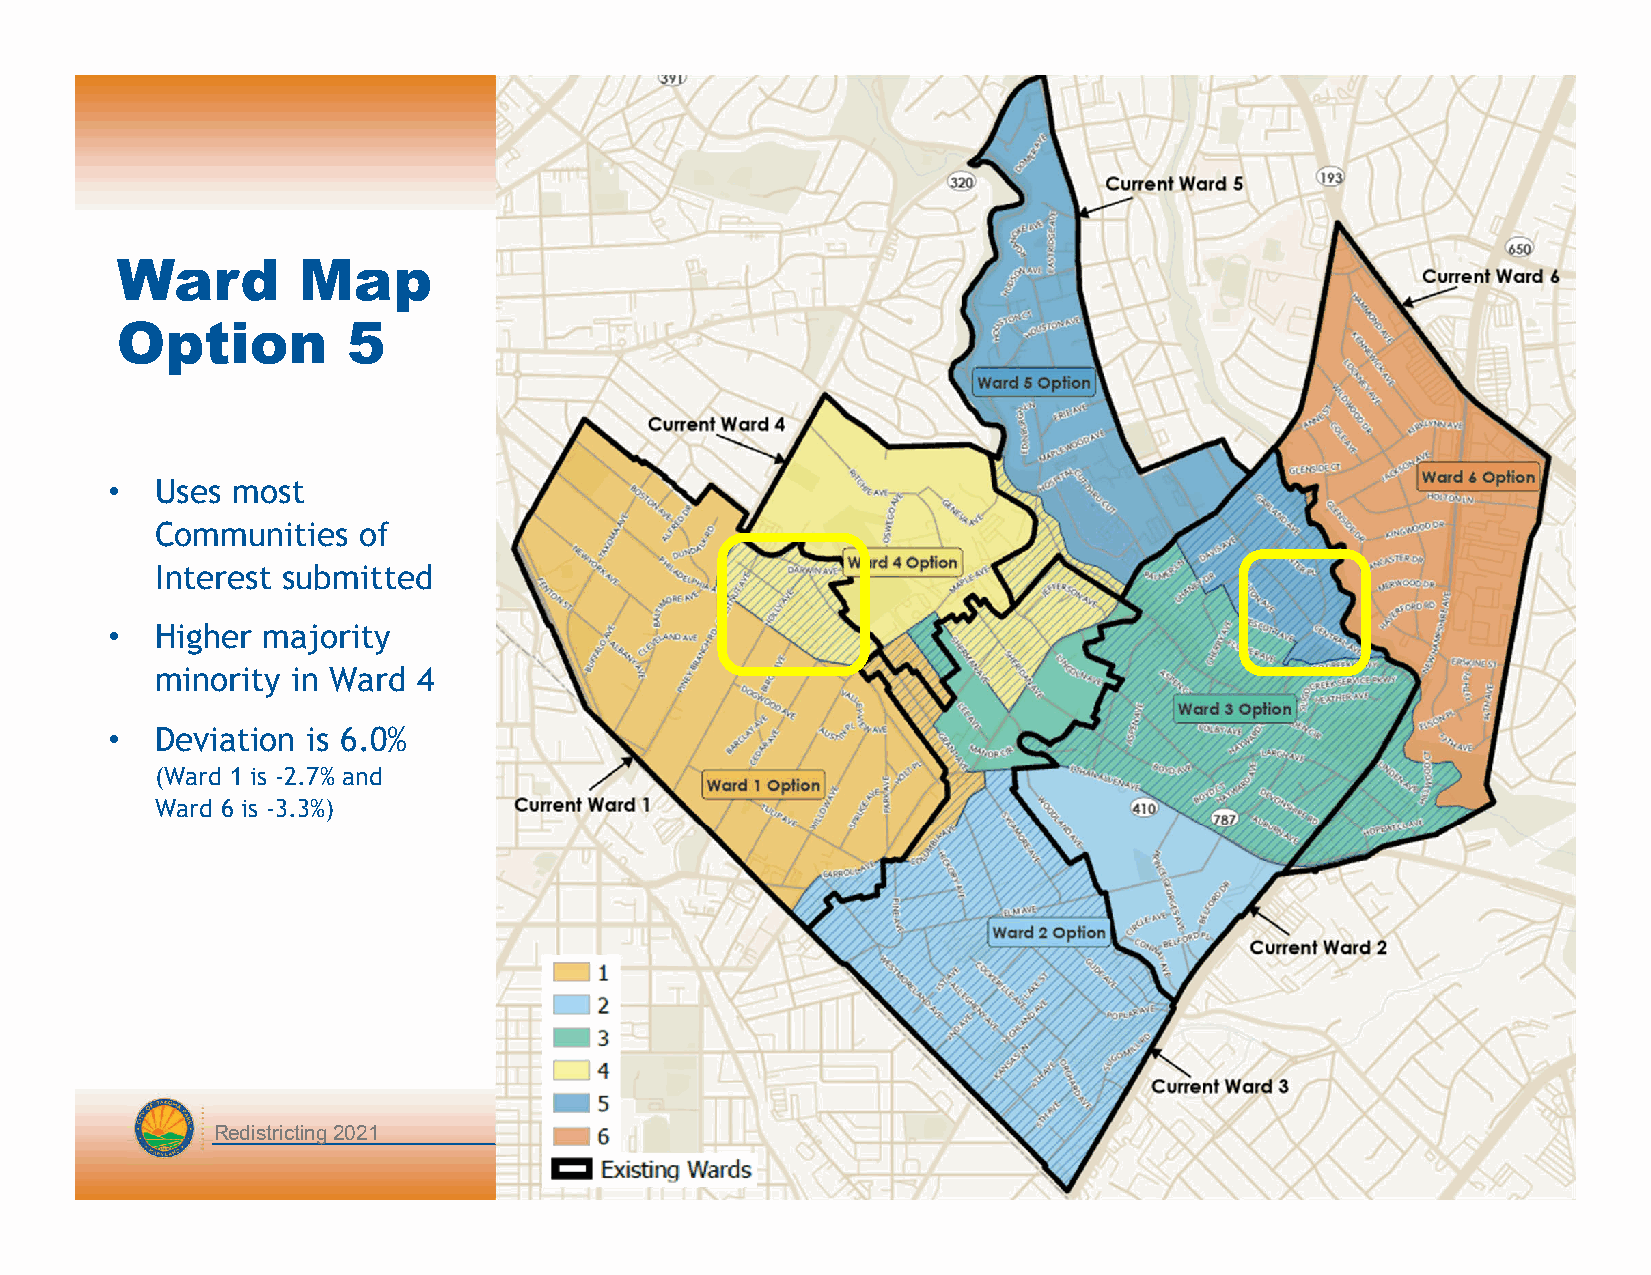
Ward        Map
 Option         5
 •  Uses most
 Communities   of
 Interest submitted
 •  Higher majority
 minority in Ward  4
 •  Deviation is 6.0%
 (Ward 1 is -2.7% and
 Ward 6 is -3.3%)
 Redistricting 2021